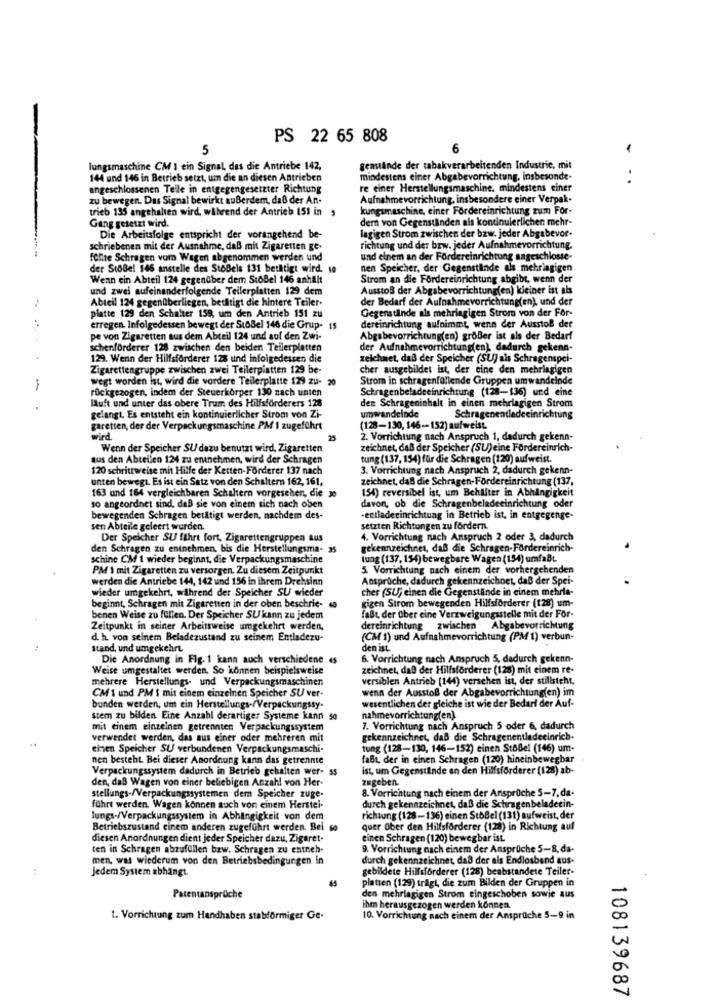
PS 22 65 808
5
6
-
lungsmaschine CM 1 ein Signal, das die Antriebe 142,
genstande der tabakverarbeitenden Industrie, mit
144 and 146 in Betrieb setzt, um die an diesen Antrieben
mindestens einer Abgabevorrichtung, insbesonde
angeschlossenen Telle in entgegengesetzter Richtung
re einer Herstellungsmaschine, mindestens einer
zu bewegen. Das Signal bewirkt außerdem, daß der An.
Aufnahmevorrichtung, insbesondere einer Verpak.
trieb 135 angehalten wird, während der Antrieb 151 in ,
kungsmaschine, einer Fordereinrichtung zum For-
der von Gegenständen als kontinuierlichen mehr-
Gang gesetzt wird.
Die Arbeitsfolge entspricht der vorangehend be-
lagigen Strom zwischen der bzw. jeder Abgabevor-
schriebenen mit der Ausnahme, daß mit Zigaretten ge-
richtung und der brw. jeder Aufnahmevorrichtung.
fonte Schragen vom Wagen abgenommen werden und
und einem an der Fordereinrichtung sageschlosse-
der StbBel 146 anstelle des StoBels 131 betätigt wird. 10
nen Speicher, der Gegenstände als mehriagigen
Wenn ein Abteil 124 gegenüber dem StoBel 146 anhält
Strom an die Fordereinrichtung abgibt, wenn der
und zwei aufeinanderfolgende Teilerplatten 129 dem
Ausstoß der Abgabevorrichtung(en) kieiner ist als
Abteil 124 gegenüberliegen, betiltigt die hintere Teiler-
der Bedarf der Aufnahmevorrichtung(en), und der
Gegenstände als mehriagigen Strom von der For-
platte 129 den Schalter 159, um den Antrieb 151 zu
**
erregen. Infolgedessen bewegt der StbBel 146 die Grup- 15
dereinrichtung aufnimmt, wenn der Ausstoß der
pe von Zigaretten aus dem Abteil 124 und auf den Zwi-
Abgabevorrichtung(en) größer ist als der Bedarf
schenförderer 128 zwischen den beiden Tellerplatten
der Aufnahmevorrichtung(en), dadurch gekenn-
129. Wenn der Hilfsförderer 128 und infolgedessen die
zeichnet, daß der Speicher (SU) als Schragenspci-
Zigarettengruppe zwischen zwei Teilerplatten 129 be-
cher ausgebildet ist, der eine den mehringigen
wegt worden ist, wird die vordere Tellerplatte 129 zu- 20
Strom in schragenfüllende Gruppen umwandelnde
-
rückgezogen, indem der Steuerkörper 130 nach unten
Schragenbeladeeinrichtung (128-136) und eine
läuft und unter das obere Trum des Hilfsforderers 128
den Schrageninhalt in einen mehrlagigen Strom
gelangt. Es entsteht ein kontinuierlicher Strom von Zi-
umwandelnde
Schragenentledeeinrichtung
garetten, der der Verpackungsmaschine PM I zugeführt
(128-130, 146-152) aufweist.
wird.
2. Vorrichtung nach Anspruch 1, dadurch gekenn-
Wenn der Speicher SU dazu benutzt wird, Zigaretten
zeichnet, daß der Speicher (SU)eine Fördereinrich-
aus den Abteilen 124 zu entnehmen, wird der Schragen
tung (137, 154) für die Schragen (120) aufweist.
120 schrittweise mit Hilfe der Ketten-Förderer 137 nach
3. Vorrichtung nach Anspruch 2, dadurch gekenn-
unten bewegt. Es ist ein Satz von den Schaltern 162, 161,
zeichnet, daß die Schragen-Fördereinrichtung (137,
163 und 164 vergleichbaren Schaltern vorgesehen, die wo
154) reversibel ist, um Behälter in Abhängigkeit
davon, ob die Schragenbeladeeinrichtung oder
so angeordnet sind, daß sie von einem sich nach oben
bewegenden Schragen betätigt werden, nachdem des-
-entladecinrichtung in Betrieb ist, in entgegenge-
sen Abteile geleert wurden.
setzten Richtungen zu fördern.
Der Speicher SU führt fort, Zigarettengruppen aus
4. Vorrichtung nach Anspruch 2 oder 3, dadurch
den Schragen zu entnehmen, bis die Herstellungsma- 35
gekennzeichnet, daß die Schragen-Fördereinrich-
schine CM 1 wieder beginnt, die Verpackungsmaschine
tung (137, 154) bewegbare Wagen (154) umfaßt.
PM 1 mit Zigaretten zu versorgen. Zu diesem Zeitpunkt
5. Vorrichtung nach einem der vorhergehenden
werden die Antriebe 144, 142 und 156 in ihrem Drehsinn
Ansprüche, dadurch gekennzeichnet, daß der Spei-
wieder umgekehrt, während der Speicher SU wieder
cher (SU; einen die Gegenstände in einem mehrla-
beginnt, Schragen mit Zigaretten in der oben beschrie- 6
gigen Strom bewegenden Hilfsförderer (128) um-
benen Weise zu füllen. Der Speicher SUkann zu jedem
faßt, der über eine Verzweigungsstelle mit der For-
Zeitpunkt in seiner Arbeitsweise umgekehrt werden,
dereinrichtung zwischen Abgabevorrichtung
d. h. von seinem Beladezustand zu seinem Entladezu-
(CM 1) und Aufnahmevorrichtung (PM 1) verbun-
stand, und umgekehrt
den ist.
Die Anordnung in Fig. 1 kann auch verschiedene es
6. Vorrichtung nach Anspruch 5, dadurch gekenn-
Weise umgestaltet werden. So können beispielsweise
zeichnet, daß der Hilfsforderer (128) mit einem re-
mehrere Herstellungs- und Verpackungsmaschinen
versiblen Antrieb (144) versehen ist, der stillsteht,
CM'1 und PM $ mit einem einzelnen Speicher SU ver-
wenn der Ausstoß der Abgabevorrichtung(en) im
wesentlichen der gleiche ist wie der Bedarf der Auf-
bunden werden, um ein Herstellungs-/Verpackungssy-
Stem zu bilden. Eine Anzahl derartiger Systeme kann 50
nahmevorrichtung(en).
mit einem einzelnen getrennten Verpackungssystem
7. Vorrichtung nach Anspruch 5 oder 6. dadurch
verwendet werden, das aus einer oder mehreren mit
gekennzeichnet, daß die Schragenentladeeinrich-
einen Speicher SU verbundenen Verpackungsmaschi-
tung (128-130, 146-152) einen StöBel (146) um-
nen besteht. Bei dieser Anordnung kann das getrennte
faßt, der in einen Schragen (120) hineinbewegbar
Verpackungssystem dadurch in Betrieb gehalten wer- 55
ist, um Gegenstände an den Hilfsförderer (128) ab-
den, daß Wagen von einer beliebigen Anzahl von Her-
zugeben.
8. Vorrichtung nach einem der Ansprüche 5-7, da-
stellungs-/Verpackungssystemen dem Speicher zuge-
führt werden. Wagen können auch von einem Herstel-
durch gekennzeichnet, daß die Schragenbeladecin-
Jungs-/Verpackungssystem in Abhängigkeit von dem
richtung (128-136) einen StbBel (131) aufweist, der
Betriebszustand einem anderen zugeführt werden. Bei 6o
quer Ober den Hilfsförderer (128) in Richtung auf
diesen Anordnungen dient jeder Speicher dazu, Zigaret-
einen Schragen (120) bewegbar ist.
ten in Schragen abzufüllen bzw. Schragen zu entneh-
9. Vorrichtung nach einem der Ansprüche 5-8, da-
men, was wiederum von den Betriebsbedingungen in
durch gekennzeichnet, daß der als Endlosband aus-
..
jedem System abhängt.
gebildete Hillsförderer (128) beabstandete Teiler-
platten (129) trägt, die zum Bilden der Gruppen in
Patentansprüche
den mehrlagigen Strom eingeschoben sowie aus
ihm herausgezogen werden können.
t. Vorrichtung zum Handhaben stabformiger Ge-
10. Vorrichtung nach einem der Ansprüche 5-9 in
108139687